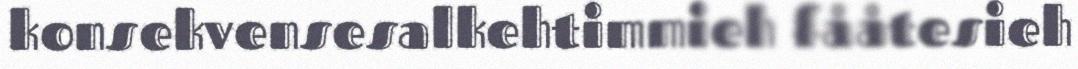
konsekvensesalkehtimmieh fååtesieh